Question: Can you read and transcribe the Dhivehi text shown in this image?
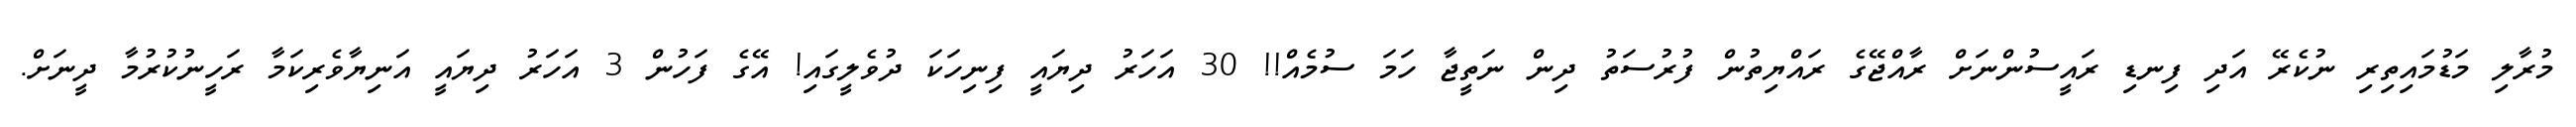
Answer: މުރާލި މަޑުމައިތިރި ނުކެރޭ އަދި ފިނޑި ރައީސުންނަށް ރާއްޖޭގެ ރައްޔިތުން ފުރުސަތު ދިން ނަތީޖާ ހަމަ ސުމެއް!! 30 އަހަރު ދިޔައީ ފިނިހަކަ ދުވެލީގައި! އޭގެ ފަހުން 3 އަހަރު ދިޔައީ އަނިޔާވެރިކަމާ ރަހީނުކުރުމާ ދީނަށް.